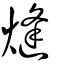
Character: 熢